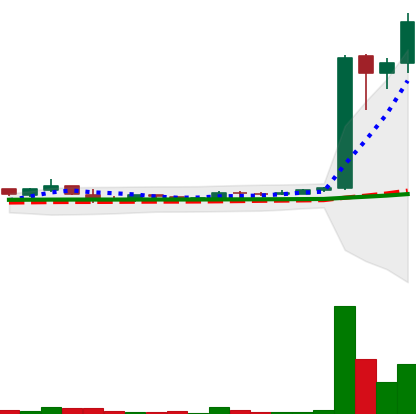
Ticker: LTC-USD
Chart end date: 2017-04-02
Forward return: 21.009%
Label: up_7plus